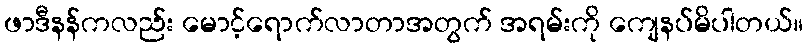
ဖာဒီနန်ကလည်း မောင့်ရောက်လာတာအတွက် အရမ်းကို ကျေနပ်မိပါတယ်။